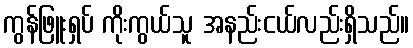
ကွန်ဖြူးရှပ် ကိုးကွယ်သူ အနည်းငယ်လည်းရှိသည်။